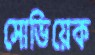
সোভিয়েক